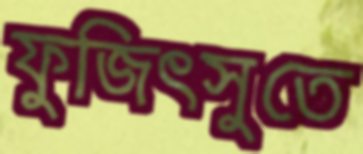
ফুজিৎসুতে